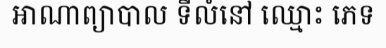
អាណាព្យាបាល ទីលំនៅ ឈ្មោះ ភេទ